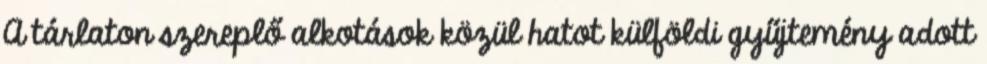
A tárlaton szereplő alkotások közül hatot külföldi gyűjtemény adott